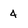
Character: 4